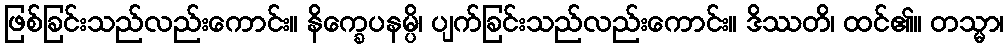
ဖြစ်ခြင်းသည်လည်းကောင်း။ နိက္ခေပနမ္ပိ၊ ပျက်ခြင်းသည်လည်းကောင်း။ ဒိဿတိ၊ ထင်၏။ တသ္မာ၊